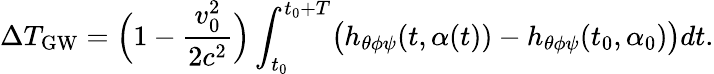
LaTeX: \Delta T_{\mathrm{GW}}=\Bigl(1-\frac{v_{0}^{2}}{2c^{2}}\Bigr)\int_{t_{0}}^{t_{0}+T}\bigl(h_{\theta\phi\psi}(t,\alpha(t))-h_{\theta\phi\psi}(t_{0},\alpha_{0})\bigr)dt.